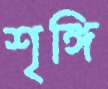
শৃঙ্গি